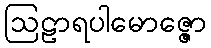
ဩဠာရပါမောဇ္ဇော